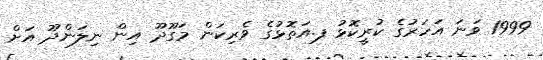
1999 ވަނަ އަހަރުގެ ކުރީކޮޅު ފ.އަތޮޅުގެ ވެރިކަން މަގޫދޫ އިން ނިލަންދޫ އަށް